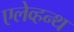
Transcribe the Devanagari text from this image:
एलेव्हन्थ